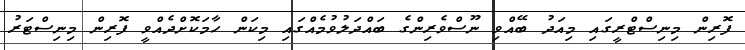
ފޮރިން މިނިސްޓްރީގައި މިއަދު ބޭއްވި ނޫސްވެރިންގެ ބައްދަލުވުމެއްގައި މިކަން ހާމަކޮށްދެއްވީ ފޮރިން މިނިސްޓަރު